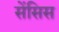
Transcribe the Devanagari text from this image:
सेंसिस